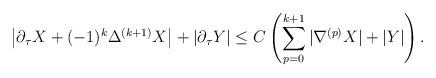
LaTeX: \begin{align*} \left|\partial_{\tau}X + (-1)^k\Delta^{(k+1)}X\right| + \left|\partial_{\tau}Y\right|\leq C\left(\sum_{p=0}^{k+1}|\nabla^{(p)} X| + |Y|\right).\end{align*}